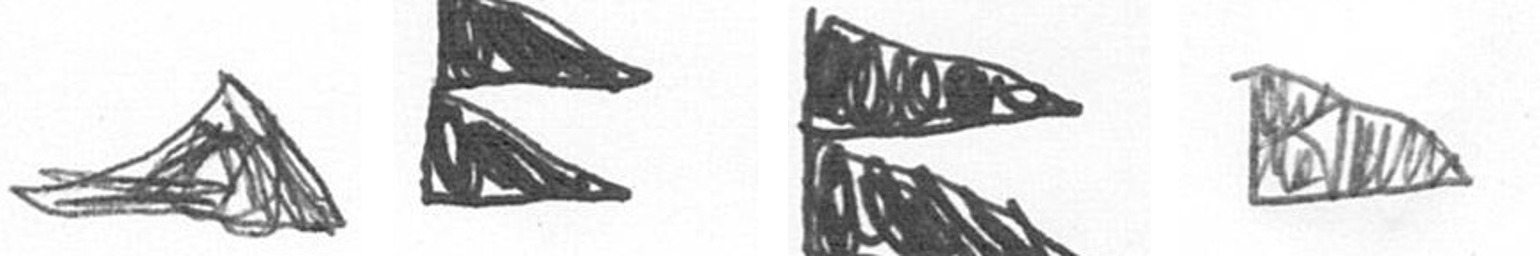
O P P K